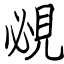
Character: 覕